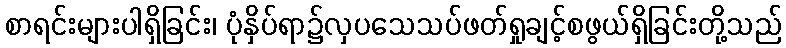
စာရင်းများပါရှိခြင်း၊ ပုံနှိပ်ရာ၌လှပသေသပ်ဖတ်ရှုချင့်စဖွယ်ရှိခြင်းတို့သည်